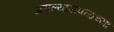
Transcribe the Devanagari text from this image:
आपल्याजवळच्या